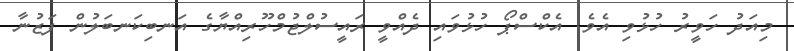
މިއަދު ހަވީރު ހުޅުވި އެވެ. އެކްސްޕޯ ހުޅުވައި ދެއްވީ ރައީސުލްޖުމްހޫރިއްޔާގެ އަނބިކަނބަލުން ފަޒުނާ